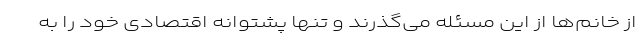
از خانم‌ها از این مسئله می‌گذرند و تنها پشتوانه اقتصادی خود را به